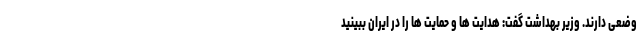
وضعی دارند. وزیر بهداشت گفت: هدایت ها و حمایت ها را در ایران ببینید